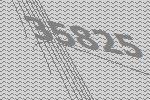
35825